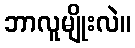
ဘာလူမျိုးလဲ။